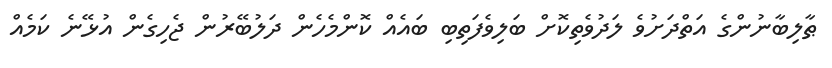
ޠާލިބާނުންގެ އަތްދަށުވެ ލަދުވެތިކޮށް ބަލިވެފަތިބި ބައެއް ކޮންމެހެން ދަލުބޭރުން ޖެހިގެން އުޅޭނެ ކަމެއް